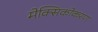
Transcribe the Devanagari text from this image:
मेक्सिकोकरण